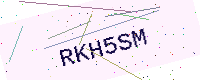
Text: RKH5SM